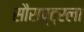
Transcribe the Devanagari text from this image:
सौराष्ट्रला